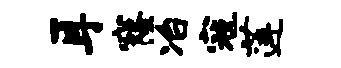
耳窿冶寇莲